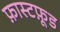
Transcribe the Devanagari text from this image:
फ़ास्टफ़ूड